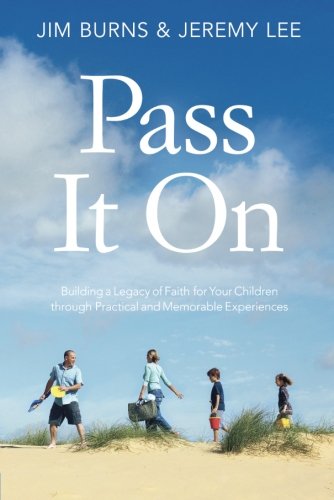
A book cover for Pass It On: Building a Legacy of Faith for Your Children through Practical and Memorable Experiences; Jim Burns; Christian Books & Bibles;